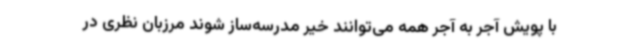
با پویش آجر به آجر همه می‌توانند خیر مدرسه‌ساز شوند مرزبان نظری در